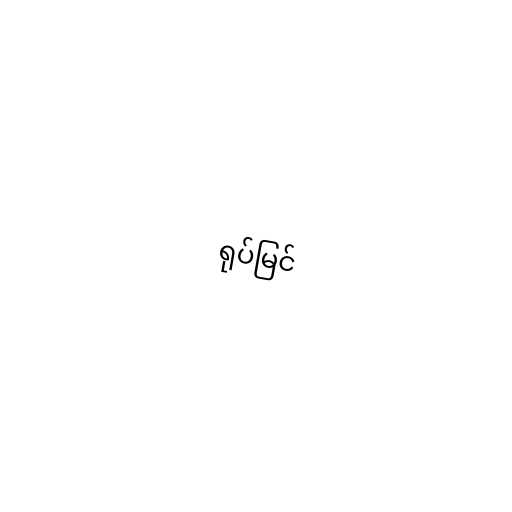
ရုပ်မြင်